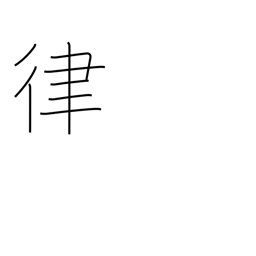
Meaning: gauge